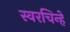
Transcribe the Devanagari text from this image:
स्वरचिन्हे